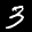
Label: 3